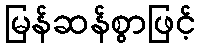
မြန်ဆန်စွာဖြင့်